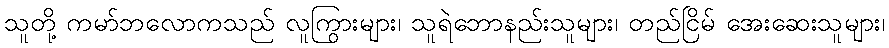
သူတို့ ကမာ်ဘလောကသည် လူကြွားများ၊ သူရဲဘောနည်းသူများ၊ တည်ငြိမ် အေးဆေးသူများ၊